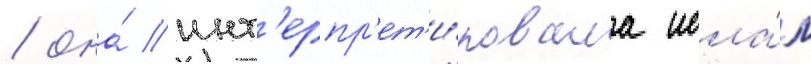
/ она́ инт'ерпр'ет'и́ровала исла́м